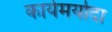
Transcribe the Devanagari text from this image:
कार्यमर्यादा